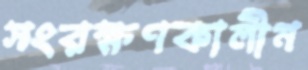
সংরক্ষণকালীন